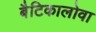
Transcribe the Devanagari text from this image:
बैटिकालोवा